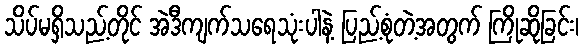
သိပ်မရှိသည့်တိုင် အဲဒီကျက်သရေသုံးပါနဲ့ ပြည့်စုံတဲ့အတွက် ကြိုဆိုခြင်း၊